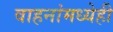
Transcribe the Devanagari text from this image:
वाहनांमध्येही